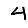
Digit: 4